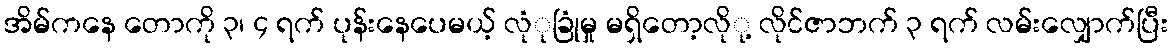
အိမ်ကနေ တောကို ၃၊ ၄ ရက် ပုန်းနေပေမယ့် လုံုခြုံမှု မရှိတော့လိုု့ လိုင်ဇာဘက် ၃ ရက် လမ်းလျှောက်ပြီး